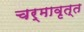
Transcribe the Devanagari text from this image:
चर्मावृत्त